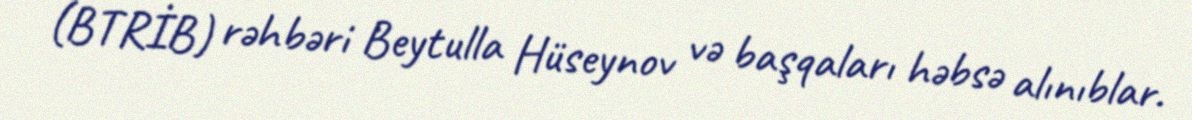
(BTRİB) rəhbəri Beytulla Hüseynov və başqaları həbsə alınıblar.